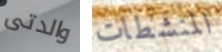
والدتى المنشطات